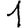
Digit: 1